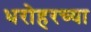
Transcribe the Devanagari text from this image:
धरोहरच्या